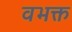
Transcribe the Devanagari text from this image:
वभक्त